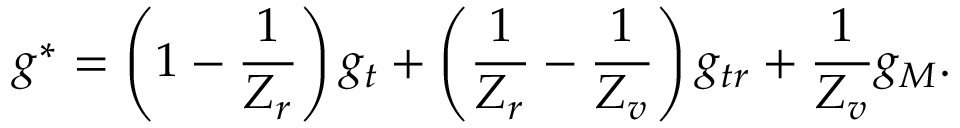
{ g } ^ { \ast } = \left( 1 - \frac { 1 } { Z _ { r } } \right) { { g } _ { t } } + \left( \frac { 1 } { Z _ { r } } - \frac { 1 } { Z _ { v } } \right) { { g } _ { t r } } + \frac { 1 } { Z _ { v } } { { g } _ { M } } .